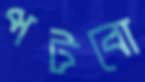
পটবো